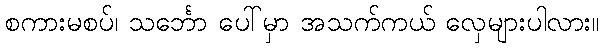
စကားမစပ်၊ သင်္ဘော ပေါ်မှာ အသက်ကယ် လှေများပါလား။